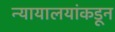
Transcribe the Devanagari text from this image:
न्यायालयांकडून